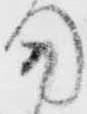
用